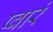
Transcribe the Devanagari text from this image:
प्वारं